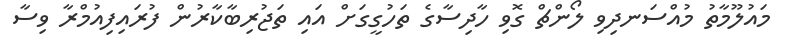
މައުލޫމާތު މުއްސަނދިވި ލޯންޗް ގޮވި ހާދިސާގެ ތަހުގީގަށް އައި ތަޖުރިބާކާރުން ފުރައިފިއުމްރާ ވިސާ